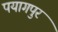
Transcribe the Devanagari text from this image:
पयागपुर